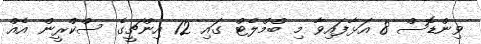
ވިންޑޮސް 8 އަޅާފައިވާ މި ބްމްލެޓް ގައި 12 އިންޗީގެ ސްކްރީން އެއް